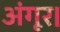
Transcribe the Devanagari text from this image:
अंगूर।